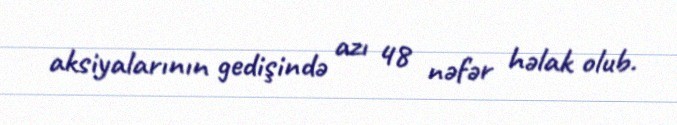
aksiyalarının gedişində azı 48 nəfər həlak olub.